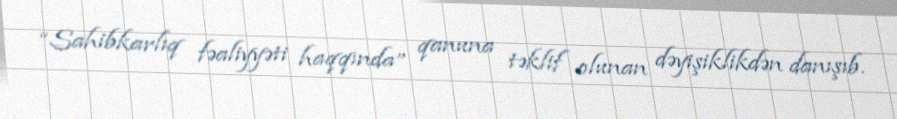
“Sahibkarlıq fəaliyyəti haqqında” qanuna təklif olunan dəyişiklikdən danışıb.